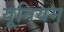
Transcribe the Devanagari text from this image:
यूनियम